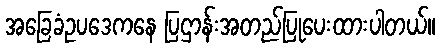
အခြေခံဥပဒေကနေ ပြဌာန်းအတည်ပြုပေးထားပါတယ်။